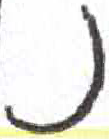
אות: נ